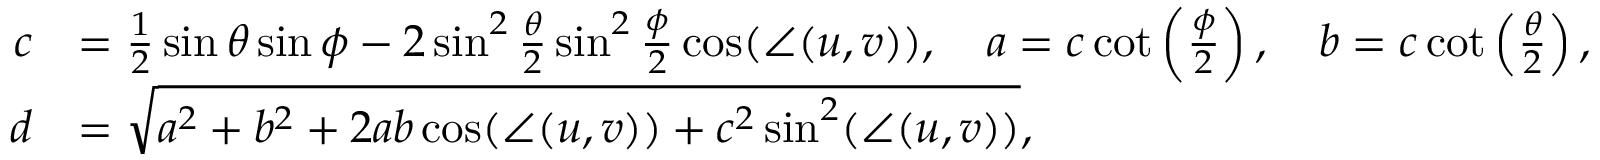
{ \begin{array} { r l } { c } & { = { \frac { 1 } { 2 } } \sin \theta \sin \phi - 2 \sin ^ { 2 } { \frac { \theta } { 2 } } \sin ^ { 2 } { \frac { \phi } { 2 } } \cos ( \angle ( u , v ) ) , \quad a = c \cot \left( { \frac { \phi } { 2 } } \right) , \quad b = c \cot \left( { \frac { \theta } { 2 } } \right) , } \\ { d } & { = { \sqrt { a ^ { 2 } + b ^ { 2 } + 2 a b \cos ( \angle ( u , v ) ) + c ^ { 2 } \sin ^ { 2 } ( \angle ( u , v ) ) } } , } \end{array} }